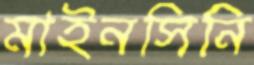
মাইনসিনি